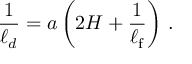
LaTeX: \frac { 1 } { \ell _ { d } } = a \left( 2 H + \frac { 1 } { \ell _ { \mathrm { f } } } \right) \, .